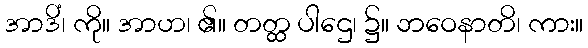
အာဒိံ၊ ကို။ အာဟ၊ ၏။ တတ္ထ ပါဌေ၊ ၌။ ဘဝေနာတိ၊ ကား။